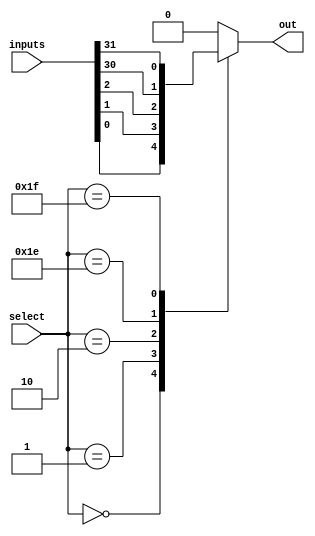
module mux_32_1 (
    input [31:0] inputs,
    input [4:0] select,
    output reg out
);

always @* begin
    case (select)
        5'b00000: out = inputs[0];
        5'b00001: out = inputs[1];
        5'b00010: out = inputs[2];
        // Add cases for inputs 3-30 here
        5'b11110: out = inputs[30];
        5'b11111: out = inputs[31];
        default: out = 0;
    endcase
end

endmodule